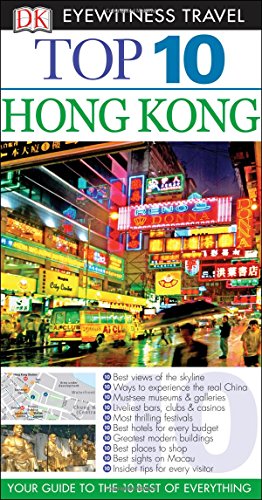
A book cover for Top 10 Hong Kong (Eyewitness Top 10 Travel Guide); Liam Fitzpatrick; Travel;